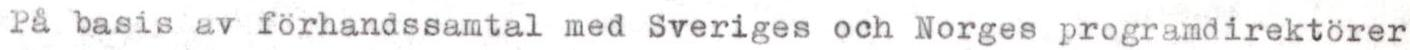
På basis av förhandssamtal med Sveriges och Norges programdirektörer